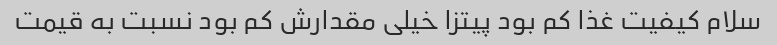
سلام کیفیت غذا کم بود پیتزا خیلی مقدارش کم بود نسبت به قیمت